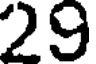
29